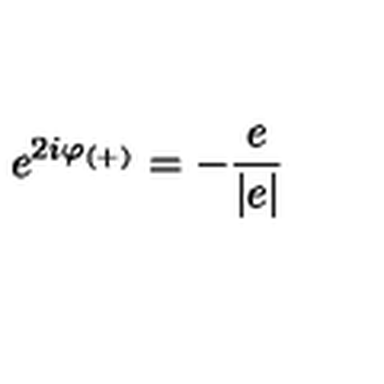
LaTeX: e ^ { 2 i \varphi _ { ( + ) } } = - \frac { e } { | e | }